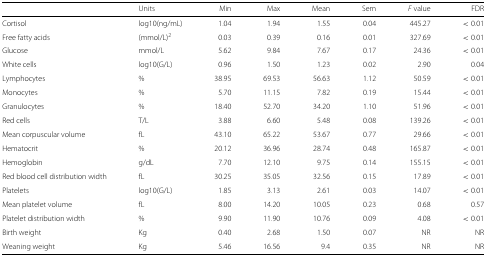
<table><thead><tr><td></td><td><b>Units</b></td><td><b>Min</b></td><td><b>Max</b></td><td><b>Mean</b></td><td><b>Sem</b></td><td><b><i>F</i> value</b></td><td><b>FDR</b></td></tr></thead><tbody><tr><td>Cortisol</td><td>log10(ng/mL)</td><td>1.04</td><td>1.94</td><td>1.55</td><td>0.04</td><td>445.27</td><td>&lt;0.01</td></tr><tr><td>Free fatty acids</td><td>(mmol/L)<sup>2</sup></td><td>0.03</td><td>0.39</td><td>0.16</td><td>0.01</td><td>327.69</td><td>&lt;0.01</td></tr><tr><td>Glucose</td><td>mmol/L</td><td>5.62</td><td>9.84</td><td>7.67</td><td>0.17</td><td>24.36</td><td>&lt;0.01</td></tr><tr><td>White cells</td><td>log10(G/L)</td><td>0.96</td><td>1.50</td><td>1.23</td><td>0.02</td><td>2.90</td><td>0.04</td></tr><tr><td>Lymphocytes</td><td>%</td><td>38.95</td><td>69.53</td><td>56.63</td><td>1.12</td><td>50.59</td><td>&lt;0.01</td></tr><tr><td>Monocytes</td><td>%</td><td>5.70</td><td>11.15</td><td>7.82</td><td>0.19</td><td>15.44</td><td>&lt;0.01</td></tr><tr><td>Granulocytes</td><td>%</td><td>18.40</td><td>52.70</td><td>34.20</td><td>1.10</td><td>51.96</td><td>&lt;0.01</td></tr><tr><td>Red cells</td><td>T/L</td><td>3.88</td><td>6.60</td><td>5.48</td><td>0.08</td><td>139.26</td><td>&lt;0.01</td></tr><tr><td>Mean corpuscular volume</td><td>fL</td><td>43.10</td><td>65.22</td><td>53.67</td><td>0.77</td><td>29.66</td><td>&lt;0.01</td></tr><tr><td>Hematocrit</td><td>%</td><td>20.12</td><td>36.96</td><td>28.74</td><td>0.48</td><td>165.87</td><td>&lt;0.01</td></tr><tr><td>Hemoglobin</td><td>g/dL</td><td>7.70</td><td>12.10</td><td>9.75</td><td>0.14</td><td>155.15</td><td>&lt;0.01</td></tr><tr><td>Red blood cell distribution width</td><td>fL</td><td>30.25</td><td>35.05</td><td>32.56</td><td>0.15</td><td>17.89</td><td>&lt;0.01</td></tr><tr><td>Platelets</td><td>log10(G/L)</td><td>1.85</td><td>3.13</td><td>2.61</td><td>0.03</td><td>14.07</td><td>&lt;0.01</td></tr><tr><td>Mean platelet volume</td><td>fL</td><td>8.00</td><td>14.20</td><td>10.05</td><td>0.23</td><td>0.68</td><td>0.57</td></tr><tr><td>Platelet distribution width</td><td>%</td><td>9.90</td><td>11.90</td><td>10.76</td><td>0.09</td><td>4.08</td><td>&lt;0.01</td></tr><tr><td>Birth weight</td><td>Kg</td><td>0.40</td><td>2.68</td><td>1.50</td><td>0.07</td><td>NR</td><td>NR</td></tr><tr><td>Weaning weight</td><td>Kg</td><td>5.46</td><td>16.56</td><td>9.4</td><td>0.35</td><td>NR</td><td>NR</td></tr></tbody></table>